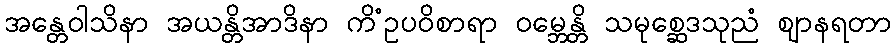
အန္တေဝါသိနာ အယန္တိအာဒိနာ ကိံဥပဝိစာရာ ဝမ္ဘေန္တိ သမုစ္ဆေဒသုညံ ဈာနရတာ